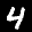
Label: 4